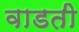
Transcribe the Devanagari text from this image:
वाडती